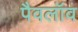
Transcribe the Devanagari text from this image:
पैवलॉव